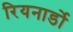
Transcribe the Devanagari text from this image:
रियनार्डो